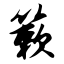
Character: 簌